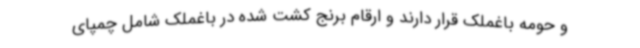
و حومه باغملک قرار دارند و ارقام برنج کشت شده در باغملک شامل چمپای